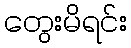
တွေးမိရင်း